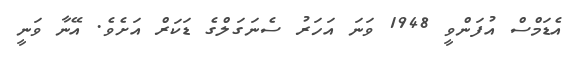
އެޑަމްސް އުފަންވީ 1948 ވަނަ އަހަރު ސެނަގަލްގެ ޑަކަރް އަށެވެ. އޭނާ ވަނީ